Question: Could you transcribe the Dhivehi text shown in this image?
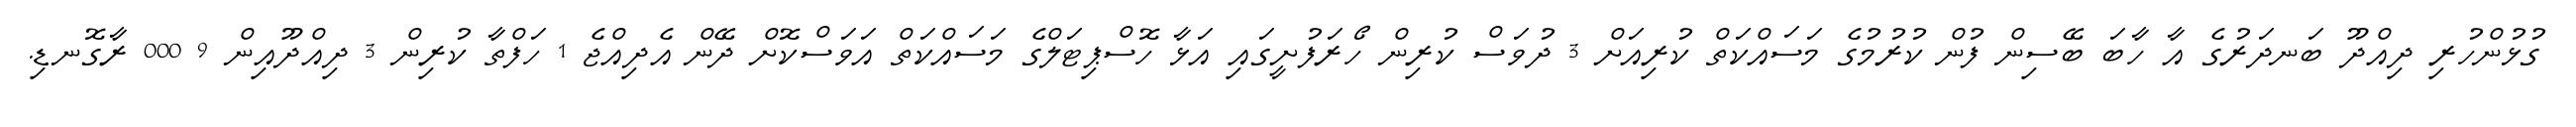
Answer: ގުޅުންހުރި ދިއްދޫ ބަނދަރުގެ އާ ހާބަ ބޭސިން ފުން ކުރުމުގެ މަސައްކަތް ކުރިއަށް 3 ދުވަސް ކުރިން ހޯރަފުށީގައި އަޅާ ހޮސްޕިޓަލްގެ މަސައްކަތް އަވަސްކޮށް ދޭން އެދިއްޖެ 1 ހަފްތާ ކުރިން 3 ދިއްދޫއިން 9 000 ރާގޮނޑި.